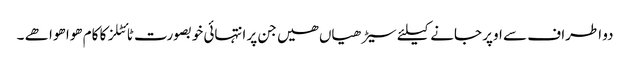
دو اطراف سے اوپر جانے کیلئے سیڑھیاں ھیں جن پر انتہائی خوبصورت ٹائٹلز کا کام ھوا ھوا ھے ۔